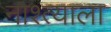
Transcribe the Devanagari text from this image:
नाश्त्याला